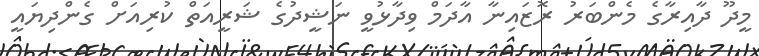
މީދޫ ދާއިރާގެ މެންބަރު ރޮޒައިނާ އާދަމް ވިދާޅުވީ ނަޝީދުގެ ޝަރީއަތް ކުރިއަށް ގެންދިޔައީ